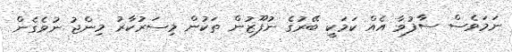
ނަމަވެސް ސާފުވާ އެއް ކަމަކީ ބޭރުގެ ނުފޫޒުން ތަކުން މިސަރުކާރު މިންޖު ނުވެގެން